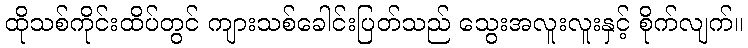
ထိုသစ်ကိုင်းထိပ်တွင် ကျားသစ်ခေါင်းပြတ်သည် သွေးအလူးလူးနှင့် စိုက်လျက်။